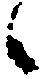
候